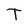
Character: T